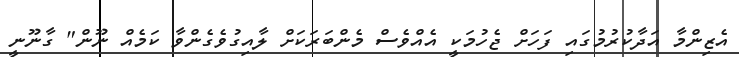
އެޒިންމާ އަދާކުރުމުގައި ފަހަށް ޖެހުމަކީ އެއްވެސް މެންބަރަކަށް ލާއިގުވެގެންވާ ކަމެއް ނޫން" ގާނޫނީ